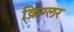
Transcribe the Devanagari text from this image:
क्रिग्लर